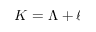
K = \Lambda + \ell